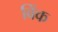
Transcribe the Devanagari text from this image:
बिंक